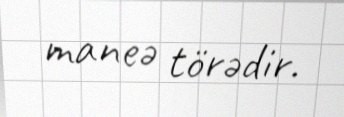
maneə törədir.